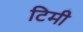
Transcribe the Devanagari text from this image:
टिमी